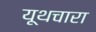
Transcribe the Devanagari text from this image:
यूथचारा